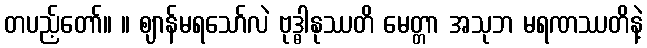
တပည့်တော်။ ။ ဈာန်မရသော်လဲ ဗုဒ္ဓါနုဿတိ မေတ္တာ အသုဘ မရဏဿတိနဲ့